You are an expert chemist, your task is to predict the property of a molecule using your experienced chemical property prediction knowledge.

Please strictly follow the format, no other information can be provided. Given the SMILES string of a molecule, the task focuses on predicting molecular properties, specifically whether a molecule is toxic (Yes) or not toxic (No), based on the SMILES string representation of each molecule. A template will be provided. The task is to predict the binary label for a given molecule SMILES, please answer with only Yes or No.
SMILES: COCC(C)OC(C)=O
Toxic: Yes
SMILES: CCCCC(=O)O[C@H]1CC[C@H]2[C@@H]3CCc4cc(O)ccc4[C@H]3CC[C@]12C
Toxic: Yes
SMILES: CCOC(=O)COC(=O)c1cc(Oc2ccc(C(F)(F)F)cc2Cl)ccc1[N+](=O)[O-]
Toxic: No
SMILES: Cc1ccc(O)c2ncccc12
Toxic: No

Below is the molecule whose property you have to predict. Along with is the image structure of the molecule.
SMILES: CC(C)(C)NC[C@H](O)COc1nsnc1N1CCOCC1
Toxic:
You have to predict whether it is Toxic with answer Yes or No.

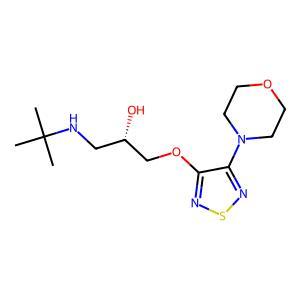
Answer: No